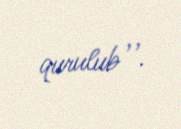
qurulub’’.